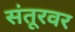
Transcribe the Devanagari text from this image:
संतूरवर